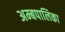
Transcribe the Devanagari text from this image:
अम्बपालिका